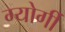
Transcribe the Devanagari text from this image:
ग्योर्गी